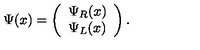
\Psi ( x ) = \left( \begin{array} { c } { \Psi _ { R } ( x ) } \\ { \Psi _ { L } ( x ) } \\ \end{array} \right) .